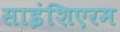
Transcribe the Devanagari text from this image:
साइंशिएरम